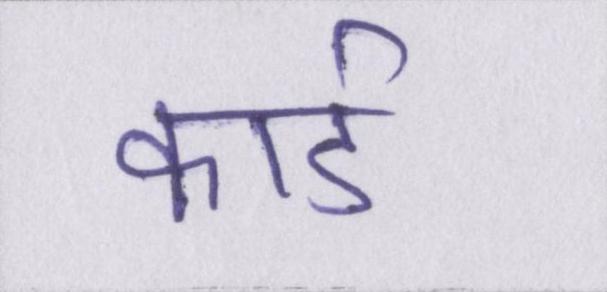
कार्ड